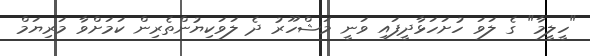
"ހީލީމާ" ގެ ލަވަ ހުށަހަޅާދީފައި ވަނީ މަޝްހޫރު ދެ ލަވަކިޔުންތެރިން ކަމަށްވާ މަރިޔަމް